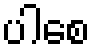
ပါစေ